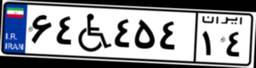
۱۴W۹۵۰۱۷